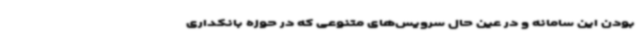
بودن این سامانه و در عین حال سرویس‌های متنوعی که در حوزه بانکداری